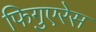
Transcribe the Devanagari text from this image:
फिगुएरेस